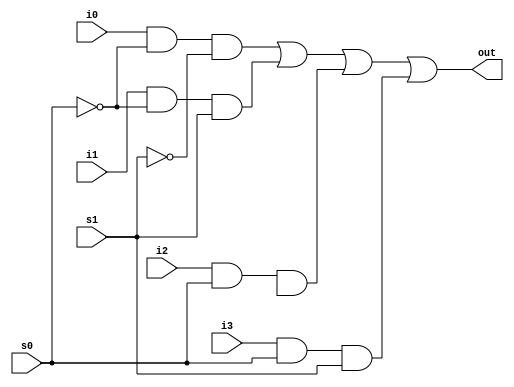
//verilog code for mux4x1 using gate/structure level modeling.
module mux4x1_g(out,i0,i1,i2,i3,s0,s1);
output out;
input i0,i1,i2,i3,s0,s1;

wire s0bar,s1bar,w0,w1,w2,w3;

not g1(s0bar,s0),(s1bar,s1);
and g2(w1,i0,s0bar,s1bar),(w2,i1,s0bar,s1),(w3,i2,s0,sbar),(w4,i3,s0,s1);
or  g3(out,w1,w2,w3,w4);

endmodule